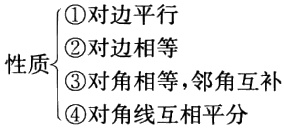
\(
\begin{cases}
\textcircled{1}\text{对边平行}\\
\textcircled{2}\text{对边相等}\\
\textcircled{3}\text{对角相等，邻角互补}\\
\textcircled{4}\text{对角线互相平分}
\end{cases}
\)